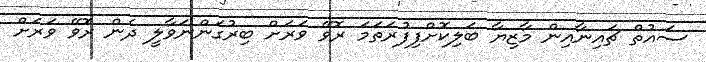
ސައުތް ޗައިނާއިން މާޒިޔާ ބަލިކޮށްފިފުރަތަމަ ރޮވޭ ވަރަށް ބިރުގަންނަވާލީ ދެން ރޮވޭ ވަރަށް